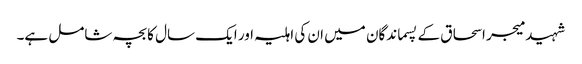
شہید میجر اسحاق کے پسماندگان میں ان کی اہلیہ اور ایک سال کا بچہ شامل ہے۔